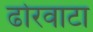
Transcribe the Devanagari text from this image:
ढोरवाटा